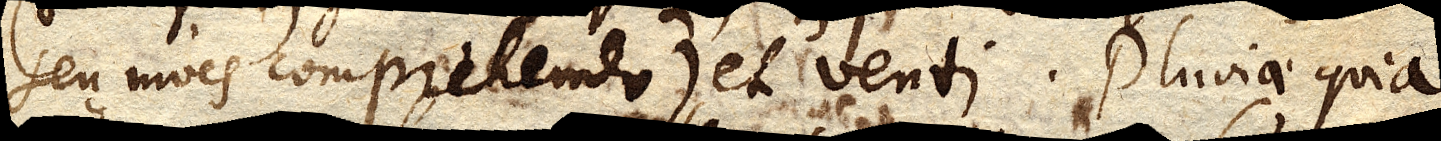
seu nives comprehendo), et venti. Pluviae quia